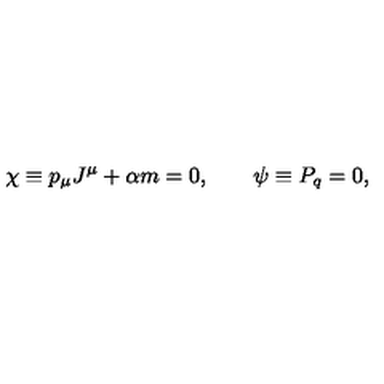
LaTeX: \chi \equiv p _ { \mu } J ^ { \mu } + \alpha m = 0 , \qquad \psi \equiv P _ { q } = 0 ,